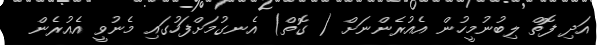
އަދި ފޮތް ލިބުނުމީހުން އެއުރެންނަށް ( ގޮތް) އެނގުމަށްފަހުގައި މެނުވީ އެއުރެން